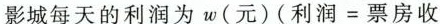
影城每天的利润为w(元)(利润=票房收